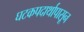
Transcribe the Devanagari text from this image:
घटकपदार्थापासून